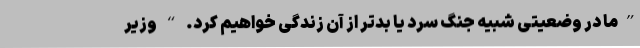
”ما در وضعیتی شبیه جنگ سرد یا بدتر از آن زندگی خواهیم کرد. “ وزیر